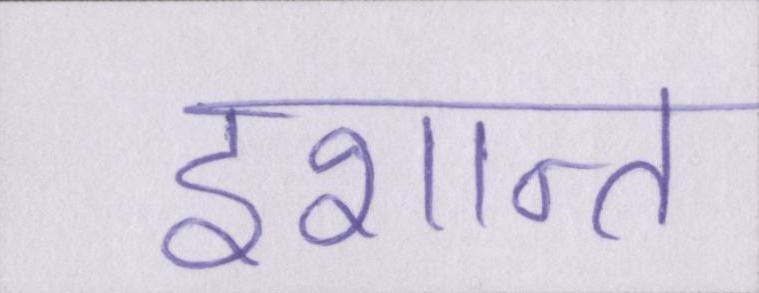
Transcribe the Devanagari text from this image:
इशान्त